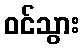
ဝင်သွား